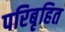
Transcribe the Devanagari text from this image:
परिबृहित